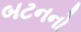
બટનનો